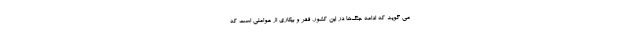
می گوید که ادامه جنگ‌ها در این کشور، فقر و بیکاری از عواملی است که